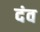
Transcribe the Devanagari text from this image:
दंव